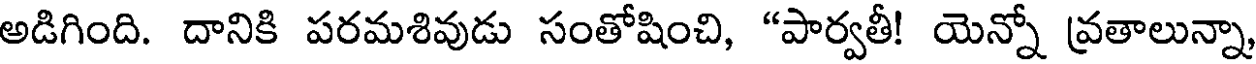
అడిగింది. దానికి పరమశివుడు సంతోషించి, "పార్వతీ! యెన్నో వ్రతాలున్నా